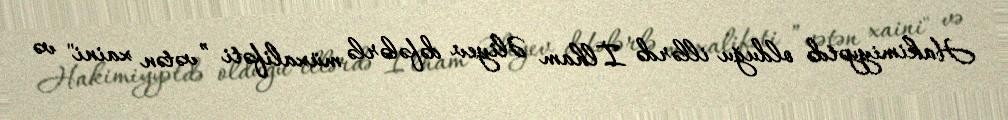
Hakimiyyətdə olduğu illərdə İlham Əliyev dəfələrlə müxalifəti ”vətən xaini" və